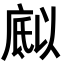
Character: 𭙪